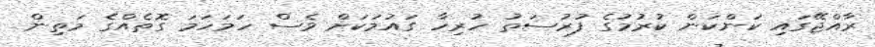
ރާއްޖޭގައި ކަންކަން ކުރުމުގެ ފުރުސަތު ހުރިހާ ގައުމަކަށް ވެސް ހަމަހަމަ ގޮތެއްގެ މަތިން